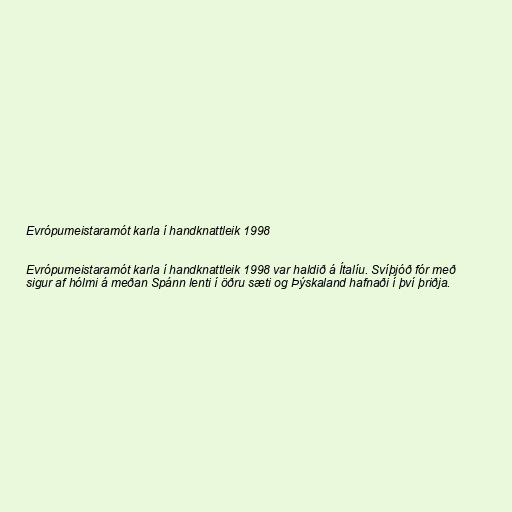
Evrópumeistaramót karla í handknattleik 1998

Evrópumeistaramót karla í handknattleik 1998 var haldið á Ítalíu. Svíþjóð fór með
sigur af hólmi á meðan Spánn lenti í öðru sæti og Þýskaland hafnaði í því þriðja.